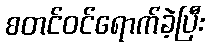
စတင်ဝင်ရောက်ခဲ့ပြီး